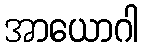
အာယောဂါ